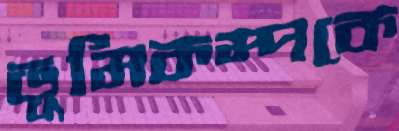
ভূমিকম্পকে